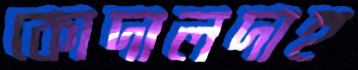
কোদালদাহ